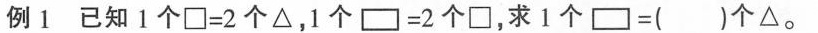
例1已知1个\Box =2个△，1个\Box =2个\Box ，求1个\Box =()个△。